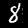
Label: 8